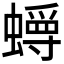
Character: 𫋜